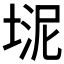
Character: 𪣮